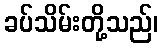
ခပ်သိမ်းတို့သည်၊